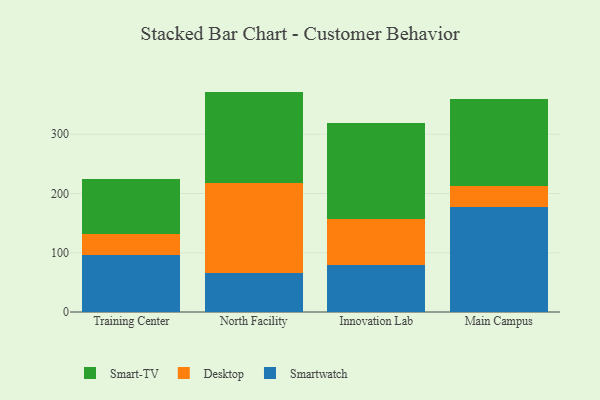
{"axis": {"x": "Campus", "y": "Gross Profit (USD K)"}, "legend": ["Desktop", "Smart-TV", "Smartwatch"], "data": [{"x": "Training Center", "y": 96.7, "type": "Smartwatch"}, {"x": "Training Center", "y": 35.0, "type": "Desktop"}, {"x": "Training Center", "y": 92.2, "type": "Smart-TV"}, {"x": "North Facility", "y": 66.4, "type": "Smartwatch"}, {"x": "North Facility", "y": 151.6, "type": "Desktop"}, {"x": "North Facility", "y": 154.0, "type": "Smart-TV"}, {"x": "Innovation Lab", "y": 79.3, "type": "Smartwatch"}, {"x": "Innovation Lab", "y": 77.1, "type": "Desktop"}, {"x": "Innovation Lab", "y": 162.7, "type": "Smart-TV"}, {"x": "Main Campus", "y": 177.7, "type": "Smartwatch"}, {"x": "Main Campus", "y": 34.2, "type": "Desktop"}, {"x": "Main Campus", "y": 146.9, "type": "Smart-TV"}]}